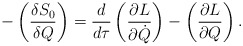
\begin{align*}-\left(\frac{\delta S_0}{\delta Q}\right) =\frac{d}{d\tau}\left(\frac{\partial L}{\partial \dot{Q}}\right) -\left(\frac{\partial L}{\partial Q}\right).\end{align*}